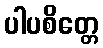
ပါပစိတ္တေ